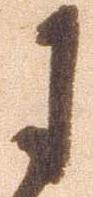
于